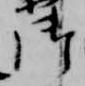
御